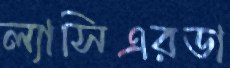
ল্যাসিএরডা